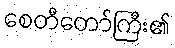
စေတီတော်ကြီး၏